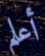
أعلم